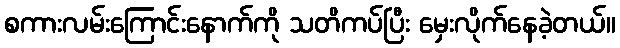
စကားလမ်းကြောင်းနောက်ကို သတိကပ်ပြီး မှေးလိုက်နေခဲ့တယ်။